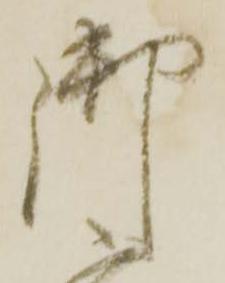
御